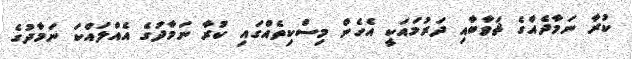
ކުރާ ނަމާދެއްގެ ޘަވާބާއި ދަރުމައަކީ އެހެން މިސްކިތެއްގައި ކުރާ ނަމާދުގެ އެއްލައްކަ ނަމާދުގެ